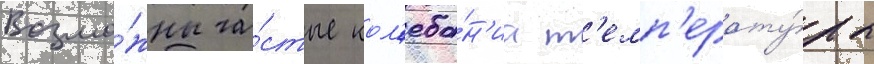
Возмо́жны ча́стые кол'еба́н'иа т'емп'ерату́ры